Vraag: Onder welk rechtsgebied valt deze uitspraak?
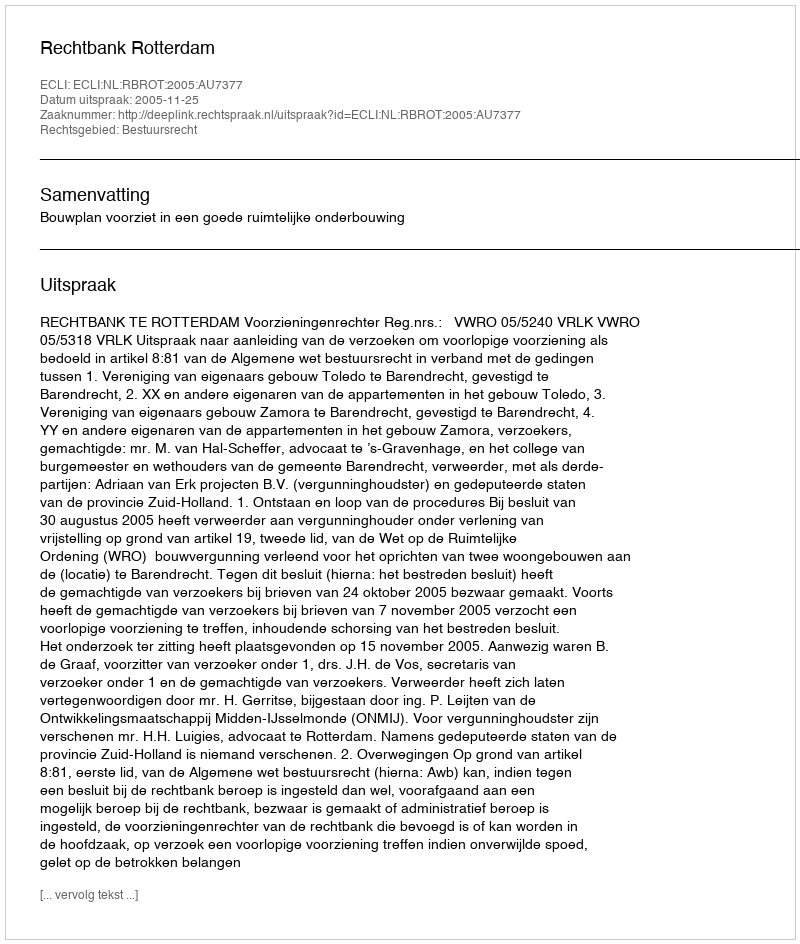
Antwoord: Bestuursrecht